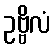
ဥဗ္ဗိလံ